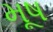
મૂષ